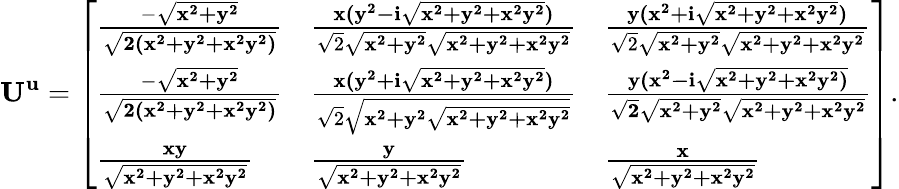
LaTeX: \mathbf{U^{u}}={\left[\begin{array}{lll}{{\frac{-{\sqrt{\mathbf{x^{2}+y^{2}}}}}{\sqrt{\mathbf{2(x^{2}+y^{2}+x^{2}y^{2})}}}}}&{{\frac{\mathbf{x(y^{2}-i{\sqrt{\mathbf{x^{2}+y^{2}+x^{2}y^{2}}}})}}{{\sqrt{2}}{\sqrt{\mathbf{x^{2}+y^{2}}}}{\sqrt{\mathbf{x^{2}+y^{2}+x^{2}y^{2}}}}}}}&{{\frac{\mathbf{y(x^{2}+i{\sqrt{\mathbf{x^{2}+y^{2}+x^{2}y^{2}}}})}}{{\sqrt{2}}{\sqrt{\mathbf{x^{2}+y^{2}}}}{\sqrt{\mathbf{x^{2}+y^{2}+x^{2}y^{2}}}}}}}\\ {{\frac{-{\sqrt{\mathbf{x^{2}+y^{2}}}}}{\sqrt{\mathbf{2(x^{2}+y^{2}+x^{2}y^{2})}}}}}&{{\frac{\mathbf{x(y^{2}+i{\sqrt{\mathbf{x^{2}+y^{2}+x^{2}y^{2}}}})}}{{\sqrt{2}}{\sqrt{\mathbf{x^{2}+y^{2}}{\sqrt{\mathbf{x^{2}+y^{2}+x^{2}y^{2}}}}}}}}}&{{\mathbf{\frac{y(x^{2}-i{\sqrt{\mathbf{x^{2}+y^{2}+x^{2}y^{2}})}}}{{\sqrt{\mathbf{2}}}{\sqrt{\mathbf{x^{2}+y^{2}}}}{\sqrt{\mathbf{x^{2}+y^{2}+x^{2}y^{2}}}}}}}}\\ {{\frac{\mathbf{xy}}{\sqrt{\mathbf{x^{2}+y^{2}+x^{2}y^{2}}}}}}&{{\mathbf{\frac{y}{\sqrt{\mathbf{x^{2}+y^{2}+x^{2}y^{2}}}}}}}&{{\mathbf{\frac{x}{\sqrt{\mathbf{x^{2}+y^{2}+x^{2}y^{2}}}}}}}\end{array}\right]}.